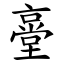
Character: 㙶